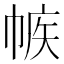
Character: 𢃨